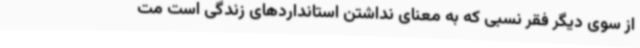
از سوی دیگر فقر نسبی که به معنای نداشتن استانداردهای زندگی است مت